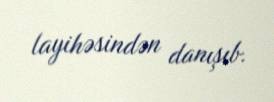
layihəsindən danışıb.